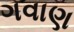
ગવાણ